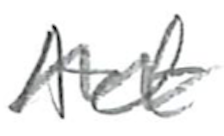
Text: Act
Cross-out: wave
Writing tool: pencil